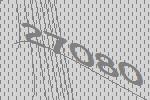
27080